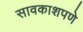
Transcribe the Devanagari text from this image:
सावकाशपणे